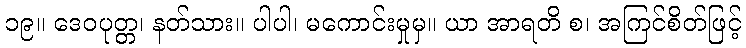
၁၉။ ဒေဝပုတ္တ၊ နတ်သား။ ပါပါ၊ မကောင်းမှုမှ။ ယာ အာရတိ စ၊ အကြင်စိတ်ဖြင့်